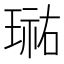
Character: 𭹮